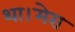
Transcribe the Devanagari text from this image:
था।मेरा